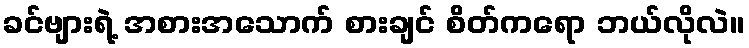
ခင်ဗျားရဲ့ အစားအသောက် စားချင် စိတ်ကရော ဘယ်လိုလဲ။